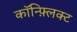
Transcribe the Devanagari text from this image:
कॉन्फ़्लिक्ट